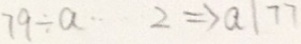
7 9 \div a \cdots 2 \Rightarrow a 1 7 7